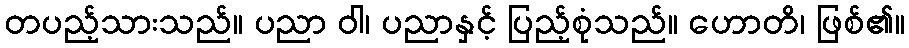
တပည့်သားသည်။ ပညာ ဝါ၊ ပညာနှင့် ပြည့်စုံသည်။ ဟောတိ၊ ဖြစ်၏။